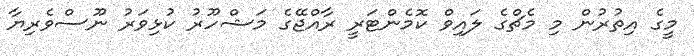
މީގެ އިތުރުން މި މެޗްގެ ލައިވް ކޮމެންޓަރީ ރާއްޖޭގެ މަޝްހޫރު ކުޅިވަރު ނޫސްވެރިޔާ